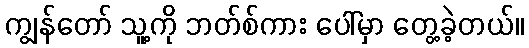
ကျွန်တော် သူ့ကို ဘတ်စ်ကား ပေါ်မှာ တွေ့ခဲ့တယ်။